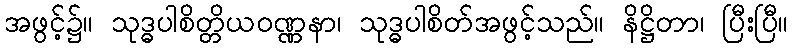
အဖွင့်၌။ သုဒ္ဓပါစိတ္တိယဝဏ္ဏနာ၊ သုဒ္ဓပါစိတ်အဖွင့်သည်။ နိဋ္ဌိတာ၊ ပြီးပြီ။